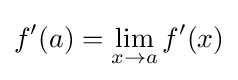
f'(a)=\lim _{x\to a}f'(x)